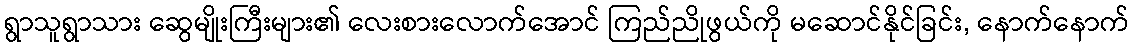
ရွာသူရွာသား ဆွေမျိုးကြီးများ၏ လေးစားလောက်အောင် ကြည်ညိုဖွယ်ကို မဆောင်နိုင်ခြင်း, နောက်နောက်